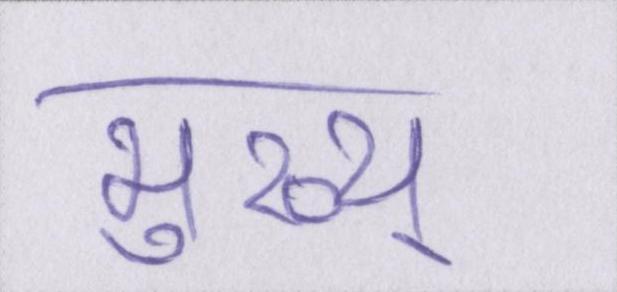
मुख्य्